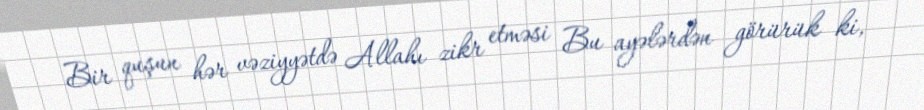
Bir quşun hər vəziyyətdə Allahı zikr etməsi Bu ayələrdən görürük ki,